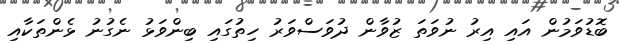
ބޮޑުވަމުން އައި އިރު ނުވަތަ ޒުވާން ދުވަސްވަރު ހިތުގައި ބިންވަޅު ނެގުނު ޅެންތަކާއި